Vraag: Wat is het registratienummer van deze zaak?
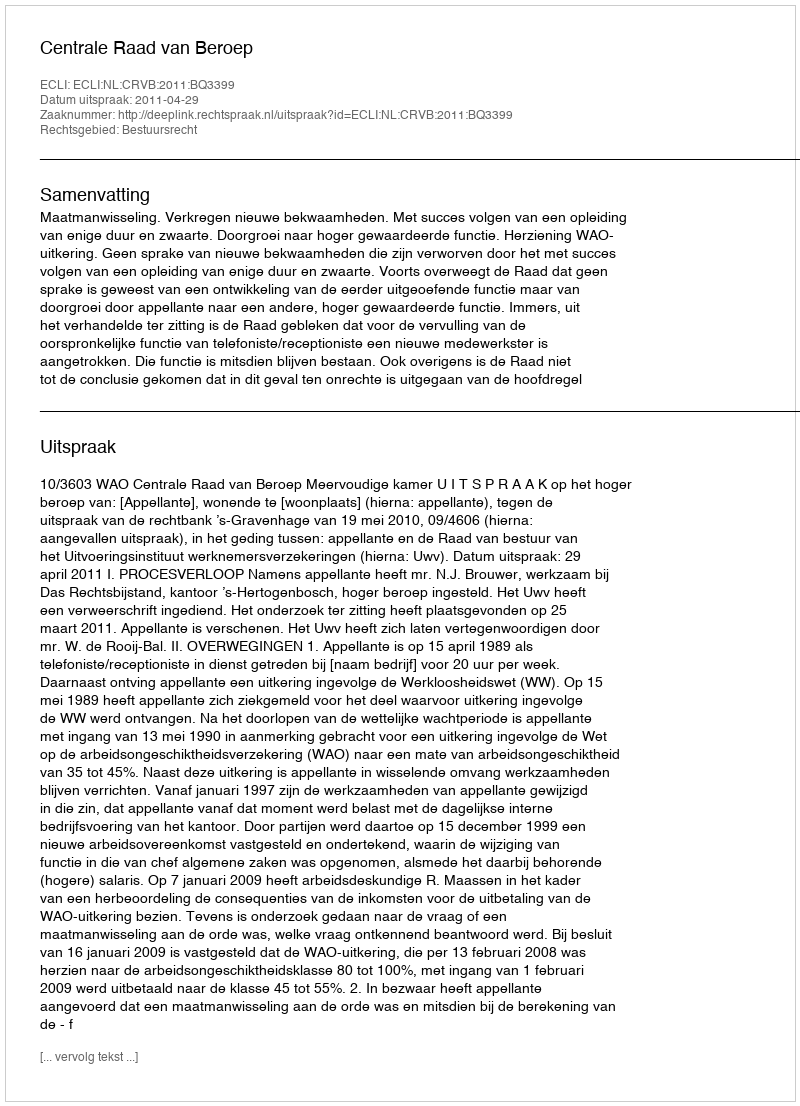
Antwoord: http://deeplink.rechtspraak.nl/uitspraak?id=ECLI:NL:CRVB:2011:BQ3399